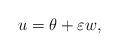
LaTeX: \begin{align*}u=\theta +\varepsilon w,\end{align*}